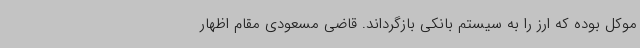
موکل بوده که ارز را به سیستم بانکی بازگرداند. قاضی مسعودی مقام اظهار